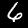
Digit: 6